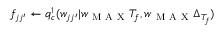
f _ { j j ^ { \prime } } \gets q _ { c } ^ { 1 } ( w _ { j j ^ { \prime } } | w _ { \mathrm { ~ M ~ A ~ X ~ } } T _ { f } , w _ { \mathrm { ~ M ~ A ~ X ~ } } \Delta _ { T _ { f } } )